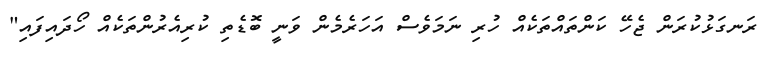
ރަނގަޅުކުރަން ޖެހޭ ކަންތައްތަކެއް ހުރި ނަމަވެސް އަހަރެމެން ވަނީ ބޮޑެތި ކުރިއެރުންތަކެއް ހޯދައިފައި"